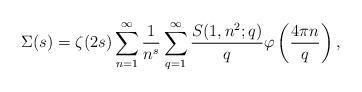
LaTeX: \begin{align*}\Sigma(s)=\zeta(2s)\sum_{n=1}^{\infty}\frac{1}{n^{s}}\sum_{q=1}^{\infty}\frac{S(1,n^2;q)}{q}\varphi\left(\frac{4\pi n}{q}\right),\end{align*}